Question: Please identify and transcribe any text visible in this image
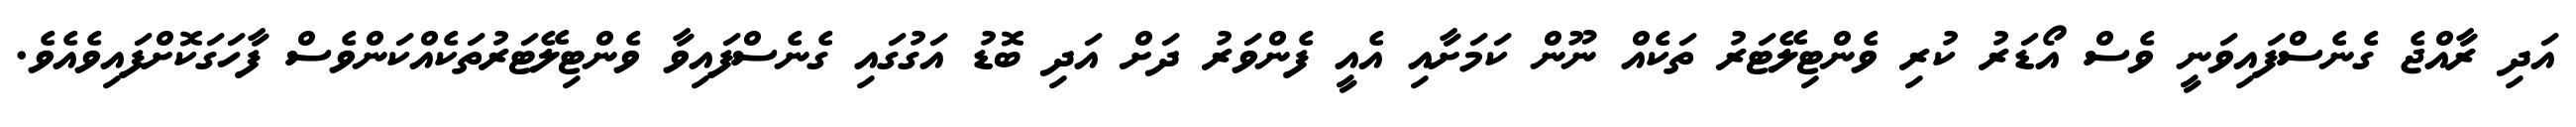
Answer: އަދި ރާއްޖެ ގެނެސްފައިވަނީ ވެސް އޯޑަރު ކުރި ވެންޓިލޭޓަރު ތަކެއް ނޫން ކަމަށާއި އެއީ ފެންވަރު ދަށް އަދި ބޮޑު އަގުގައި ގެނެސްފައިވާ ވެންޓިލޭޓަރުތަކެއްކަންވެސް ފާހަގަކޮށްފައިވެއެވެ.